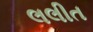
લલીત